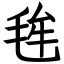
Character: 毪